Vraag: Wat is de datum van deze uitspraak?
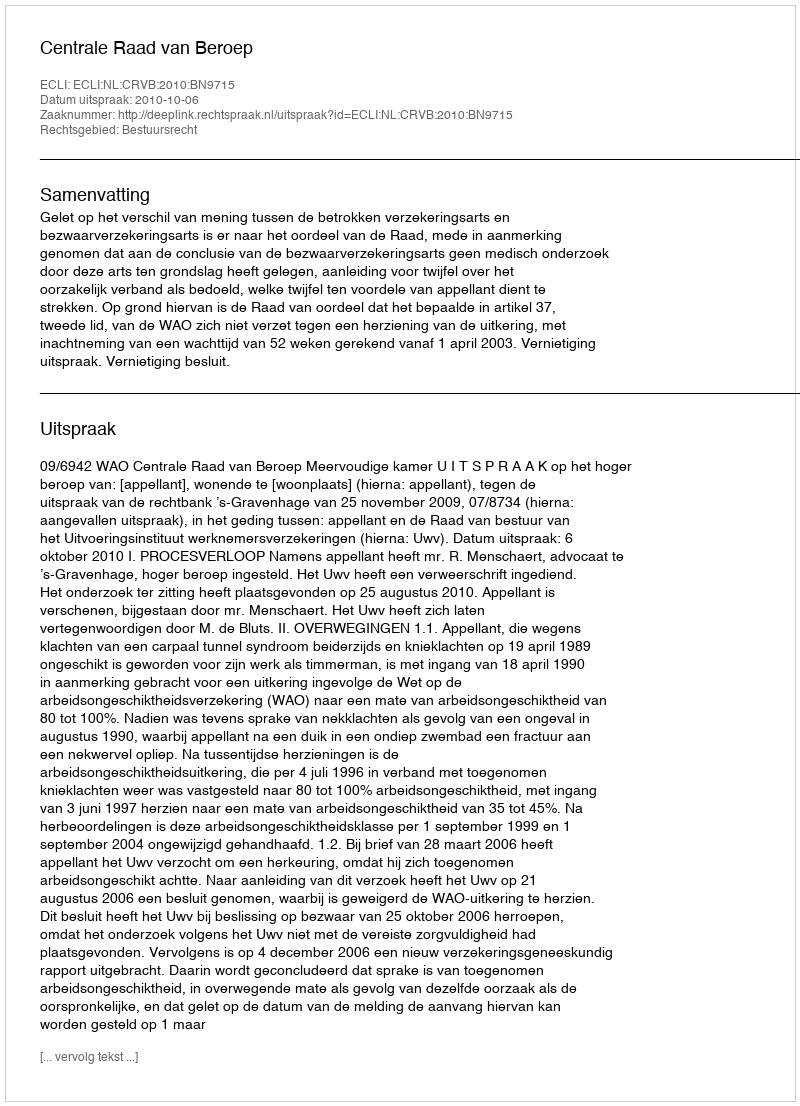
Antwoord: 2010-10-06